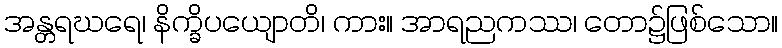
အန္တရဃရေ၊ နိက္ခိပယျောတိ၊ ကား။ အာရညကဿ၊ တော၌ဖြစ်သော။